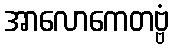
အာလောကေတဗ္ဗံ